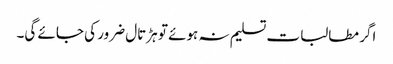
اگر مطالبات تسلیم نہ ہوئے تو ہڑتال ضرور کی جائے گی۔